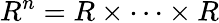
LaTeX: R^{n}=R\times\cdots\times R